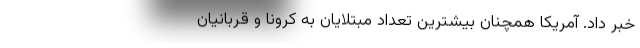
خبر داد. آمریکا همچنان بیشترین تعداد مبتلایان به کرونا و قربانیان